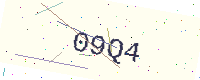
Text: 09Q4